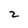
Character: 2